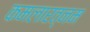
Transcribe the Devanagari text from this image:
कमलारत्नम